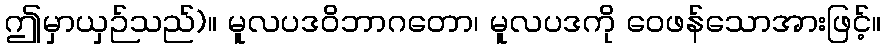
ဤမှာယှဉ်သည်)။ မူလပဒဝိဘာဂတော၊ မူလပဒကို ဝေဖန်သောအားဖြင့်။